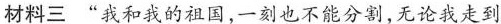
材料三 ”我和我的祖国，一刻也不能分割，无论我走到